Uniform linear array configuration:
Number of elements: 16
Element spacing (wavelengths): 0.25
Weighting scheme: hamming
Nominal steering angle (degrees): -60
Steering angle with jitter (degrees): -61.651
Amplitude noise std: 0.05
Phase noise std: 0.05

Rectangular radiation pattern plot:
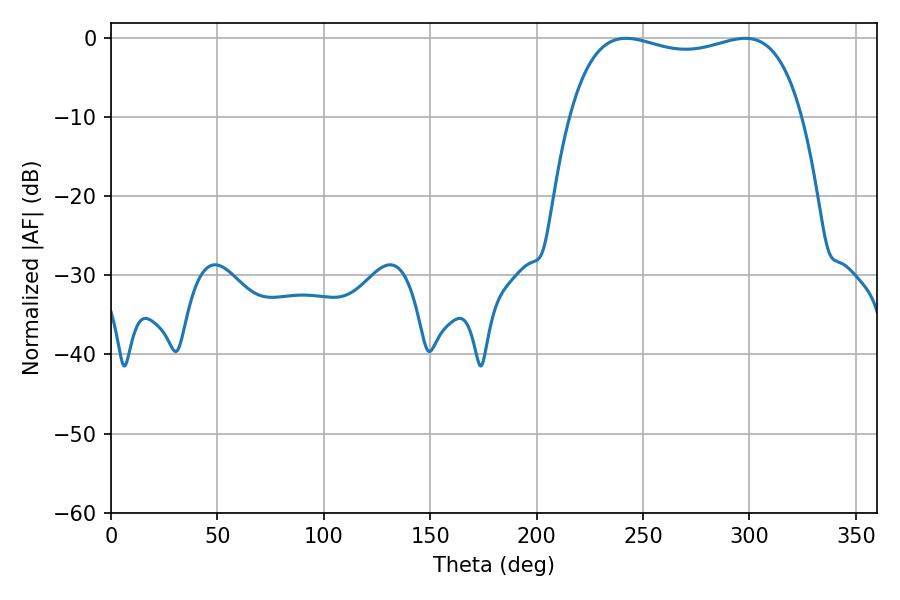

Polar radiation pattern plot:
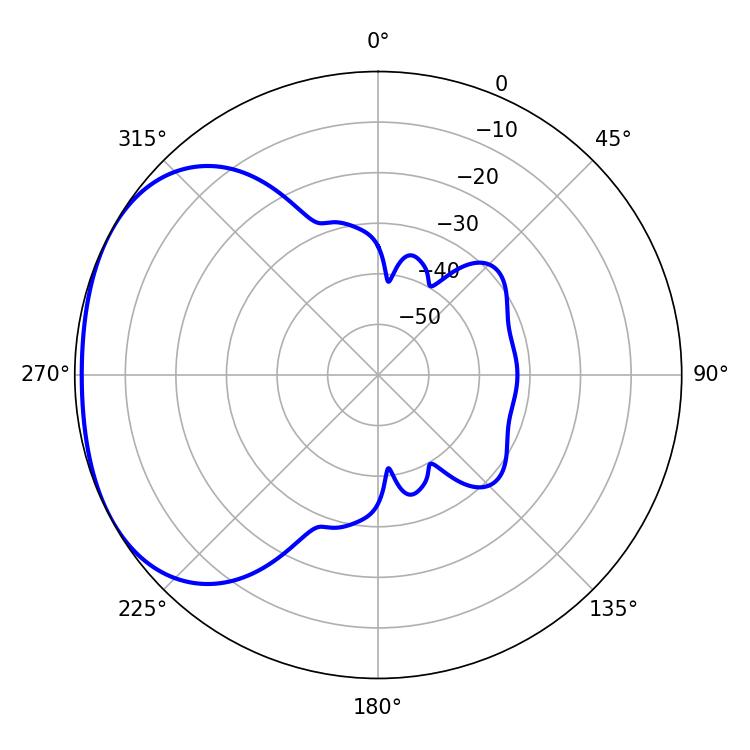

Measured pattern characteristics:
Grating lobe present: FALSE
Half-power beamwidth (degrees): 88.92
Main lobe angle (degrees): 241.92